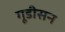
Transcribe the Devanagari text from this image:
गूडीसन